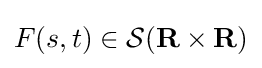
F(s,t)\in {\mathcal {S}}(\mathbf {R} \times \mathbf {R} )